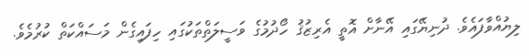
ލިޔުއްވާފައެވެ. ދުނިޔޭގައި އޭނާށް އޮތީ އެރިޒުޤު ހޯދުމުގެ ވަސީލަތްތަކުގައި ހިފައިގެން މަސައްކަތް ކުރުމެވެ.